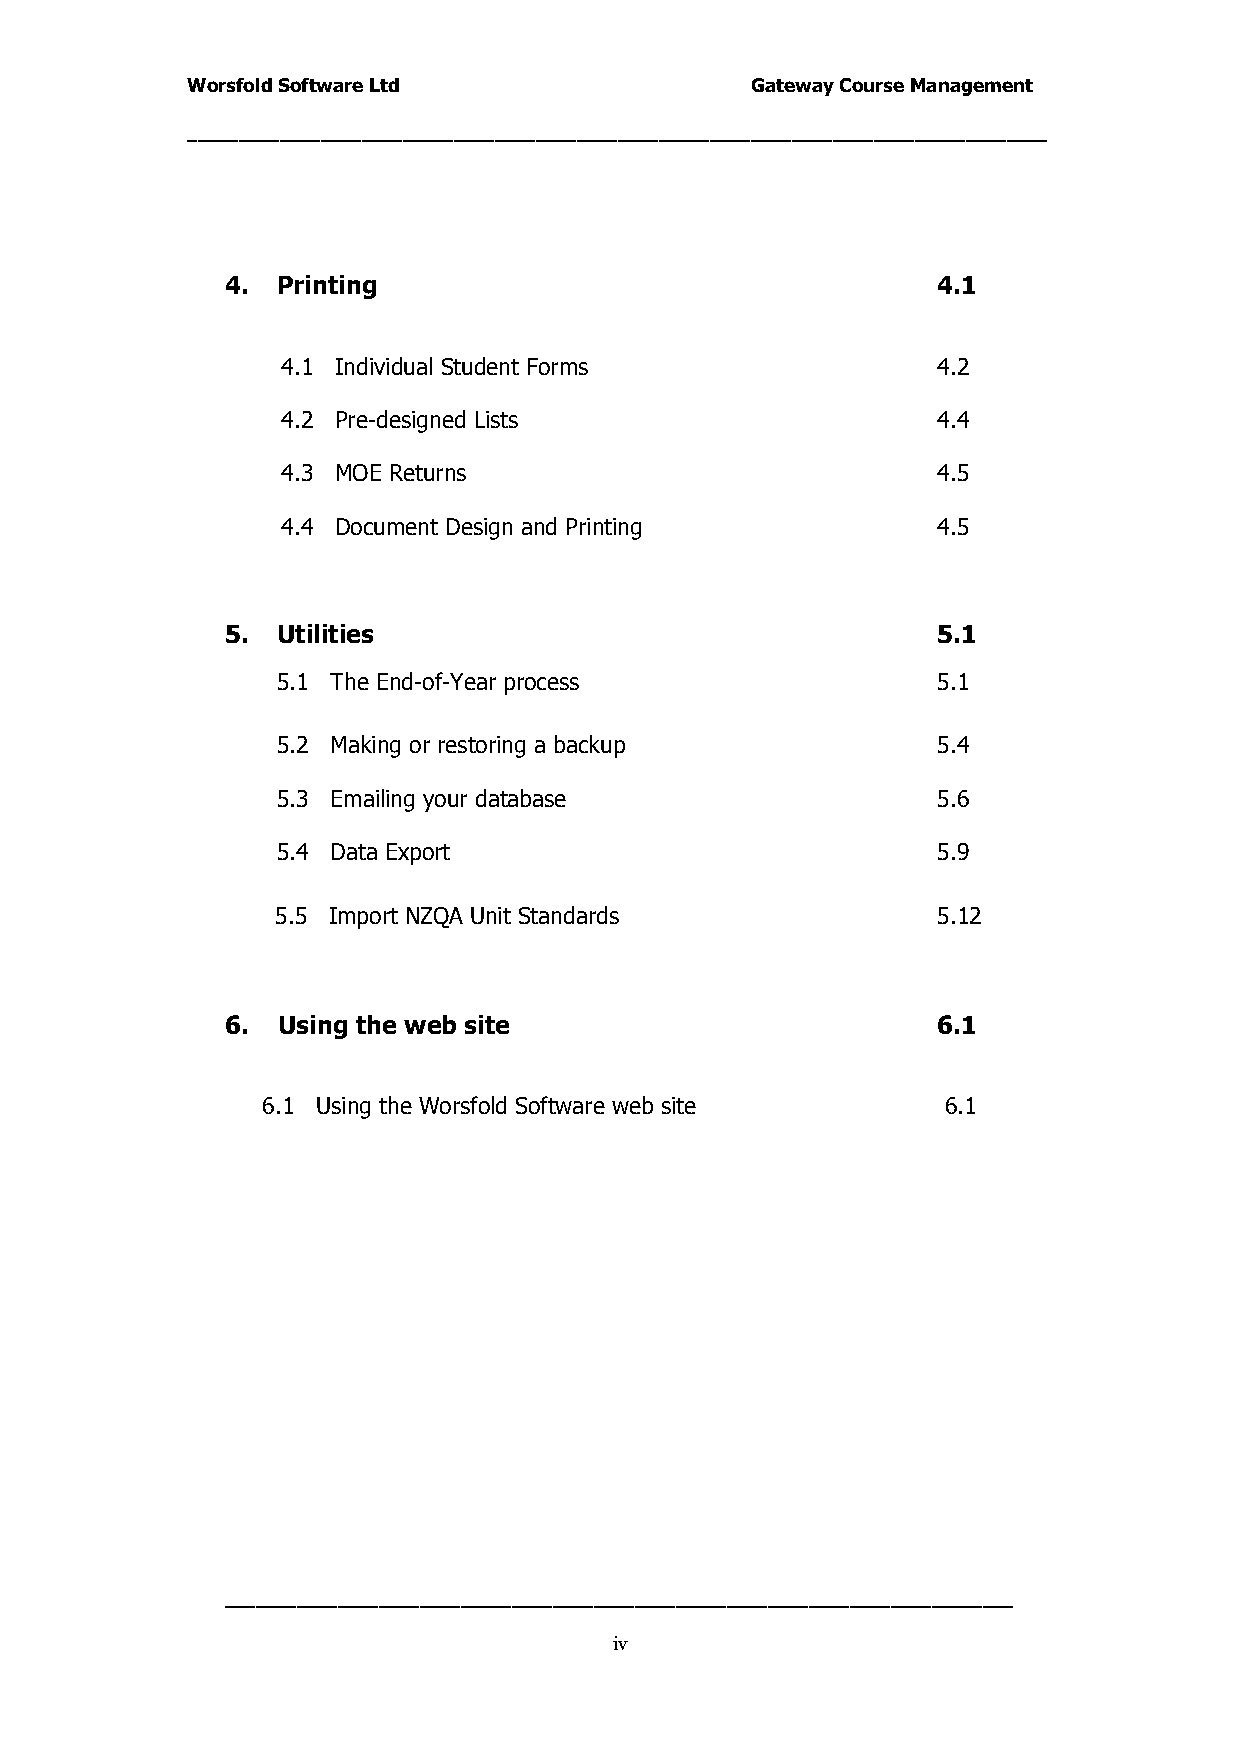
Worsfold Software Ltd                 Gateway Course Management
 ____________________________________________________________________________________
 4. Printing                                    4.1
 4.1 Individual Student Forms               4.2
 4.2 Pre-designed Lists                     4.4
 4.3 MOE Returns                            4.5
 4.4 Document Design and Printing           4.5
 5. Utilities                                   5.1
 5.1 The End-of-Year process                 5.1
 5.2 Making or restoring a backup            5.4
 5.3 Emailing your database                  5.6
 5.4 Data Export                             5.9
 5.5 Import NZQA Unit Standards              5.12
 6. Using the web site                          6.1
 6.1 Using the Worsfold Software web site      6.1
 _____________________________________________________________________________
 iv